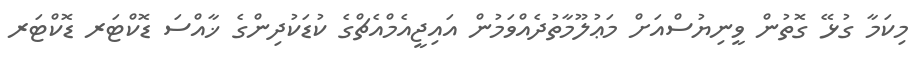
މިކަމާ ގުޅޭ ގޮތުން ވީނިޔުސްއަށް މަޢުލޫމާތުދެއްވަމުން އައިޖީއެމްއެޗްގެ ކުޑަކުދިންގެ ޚާއްސަ ޑޮކްޓަރ ޑޮކްޓަރ